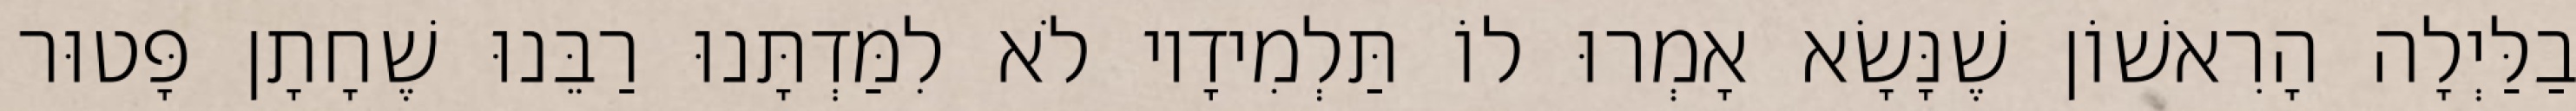
בַלַּיְלָה הָרִאשׁוֹן שֶׁנָּשָׂא אָמְרוּ לוֹ תַּלְמִידָיו לֹא לִמַּדְתָּנוּ רַבֵּנוּ שֶׁחָתָן פָּטוּר